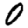
Digit: 0